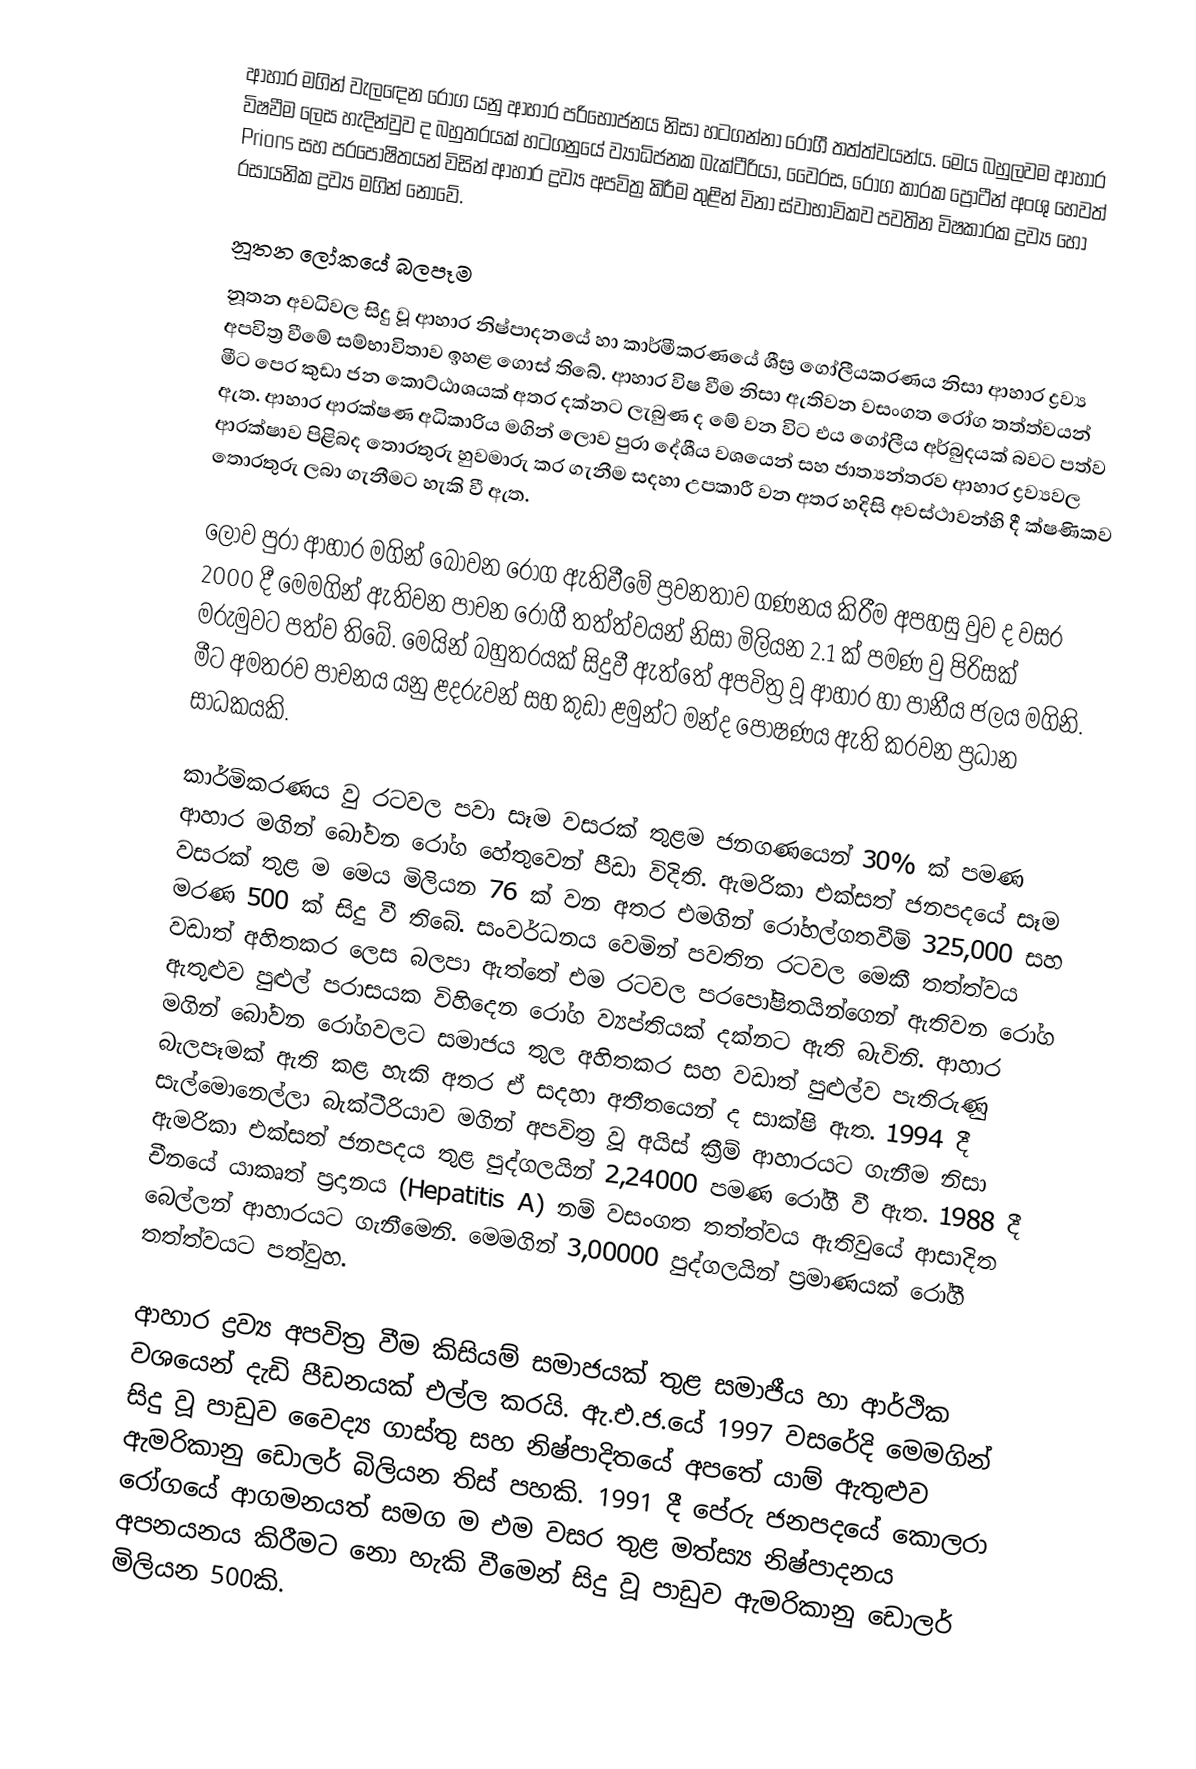
ආහාර මගින් වැලඳෙන රෝග යනු ආහාර පරිභෝජනය නිසා හටගන්නා රෝගී තත්ත්වයන්ය. මෙය බහුලවම ආහාර විෂවීම ලෙස හැදින්වුව ද බහුතරයක් හටගනු‍යේ ව්‍යාධිජනක බැක්ටීරියා, වෛරස, රෝග කාරක ප්‍රෝටීන් අංශු හෙවත් Prions සහ පරපෝෂිතයන් විසින් ආහාර ද්‍රව්‍ය අපවිත්‍ර කිරීම තුළින් විනා ස්වාභාවිකව පවතින විෂකාරක ද්‍රව්‍ය හෝ රසායනික ද්‍රව්‍ය මගින් නොවේ.

නූතන ලෝකයේ බලපෑම
නූතන අවධිවල සිදු වූ ආහාර නිෂ්පාදනයේ හා කාර්මීකරණයේ  ශීඝ්‍ර ගෝලීයකරණය නිසා ආහාර ද්‍රව්‍ය අපවිත්‍ර වීමේ සම්භාවිතාව ඉහළ ‍ගොස් තිබේ. ආහාර විෂ වීම නිසා ඇතිවන වසංගත රෝග තත්ත්වයන් මීට පෙර කුඩා ජන කොට්ඨාශයක් අතර දක්නට ලැබුණ ද මේ වන විට එය ‍ගෝලීය අර්බුදයක් බවට පත්ව ඇත. ආහාර ආරක්ෂණ අධිකාරිය මගින් ලොව පුරා දේශීය වශයෙන් සහ ජාත්‍යන්තරව ආහාර ද්‍රව්‍යවල ආරක්ෂාව පිළිබද තොරතුරු හුවමාරු කර ගැනීම සදහා උපකාරී වන අතර හදිසි අවස්ථාවන්හි දී ක්ෂණිකව තොරතුරු  ලබා ගැනීමට හැකි වී ඇත.

ලොව පුරා ආහාර මගින් බෝවන රෝග ඇතිවීමේ ප්‍රවනතාව ගණනය කිරීම අපහසු වුව ද වසර 2000 දී මෙමගින් ඇතිවන පාචන රෝගී තත්ත්වයන් නිසා මිලියන 2.1 ක් පමණ වු පිරිසක් මරුමුවට පත්ව තිබේ. මෙයින් බහුතරයක් සිදුවී ඇත්තේ අපවිත්‍ර වූ ආහාර හා පානීය ජලය මගිනි. මීට අමතරව පාචනය යනු ළදරුවන් සහ කුඩා ළමුන්ට මන්ද පෝෂණය ඇති කරවන ප්‍රධාන සාධකයකි.

කාර්මිකරණය වු රටවල පවා සෑම වසරක් තුළම ජනගණයෙන් 30% ක් පමණ ආහාර මගින් බෝවන රෝග හේතුවෙන් පීඩා විදිති. ඇම‍රිකා එක්සත් ජනපදයේ සෑම වසරක් තුළ ම මෙය මිලියන 76 ක් වන අතර එමගින් රෝහල්ගතවීම් 325,000 සහ මරණ 500 ක් සිදු වී තිබේ. සංවර්ධනය වෙමින් පවතින රටවල මෙකී තත්ත්වය වඩාත් අහිතකර ලෙස බලපා ඇත්තේ එම රටවල පරපෝෂිතයින්ගෙන් ඇතිවන රෝග ඇතුළුව පුළුල් පරාසයක විහිදෙන රෝග ව්‍යප්තියක් දක්නට ඇති බැවිනි. ආහාර මගින් බෝවන රෝගවලට සමාජය තුල අහිතකර සහ වඩාත් පුළුල්ව පැතිරුණු බැලපෑමක් ඇති කළ හැකි අතර ඒ සදහා අතීතයෙන් ද සාක්ෂි ඇත. 1994 දී සැල්මොනෙල්ලා බැක්ටීරියාව මගින් අපවිත්‍ර වූ අයිස් ක්‍රීම් ආහාරයට ගැනීම නිසා ඇමරිකා එක්සත් ජනපදය තුළ පුද්ගලයින් 2,24000 පමණ රෝගී වී ඇත.  1988 දී චීනයේ යාකෘත් ප්‍රදානය (Hepatitis A)  නම් වසංගත තත්ත්වය ඇතිවුයේ ආසාදිත බෙල්ලන් ආහාරයට ගැනීමෙනි. මෙමගින් 3,00000  පුද්ගලයින් ප්‍රමාණයක් රෝගී තත්ත්වයට පත්වුහ.

ආහාර ද්‍රව්‍ය අපවිත්‍ර වීම කිසියම් සමාජයක් තුළ සමාජීය හා ආර්ථික වශයෙන් දැඩි පීඩනයක් එල්ල කරයි. ඇ.එ.ජ.යේ 1997 වසරේදි මෙමගින් සිදු වූ පාඩුව වෛද්‍ය ගාස්තු සහ නිෂ්පාදිතයේ අපතේ යාම් ඇතුළුව ඇමරිකානු ඩොලර් බිලියන තිස් පහකි. 1991 දී පේරු ජනපදයේ කොලරා රෝගයේ ආගමනයත් සමග ම එම වසර තුළ ‍මත්ස්‍ය නිෂ්පාදනය අපනයනය කිරීමට නො හැකි වීමෙන් සිදු වූ පාඩුව ඇම‍රිකානු ඩොලර් මිලියන 500කි.